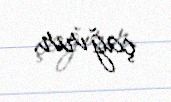
çağırır.